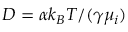
D = \alpha { k _ { B } T } / { ( \gamma \mu _ { i } ) }